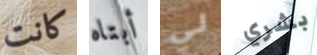
كانت أبتاه لي بشري